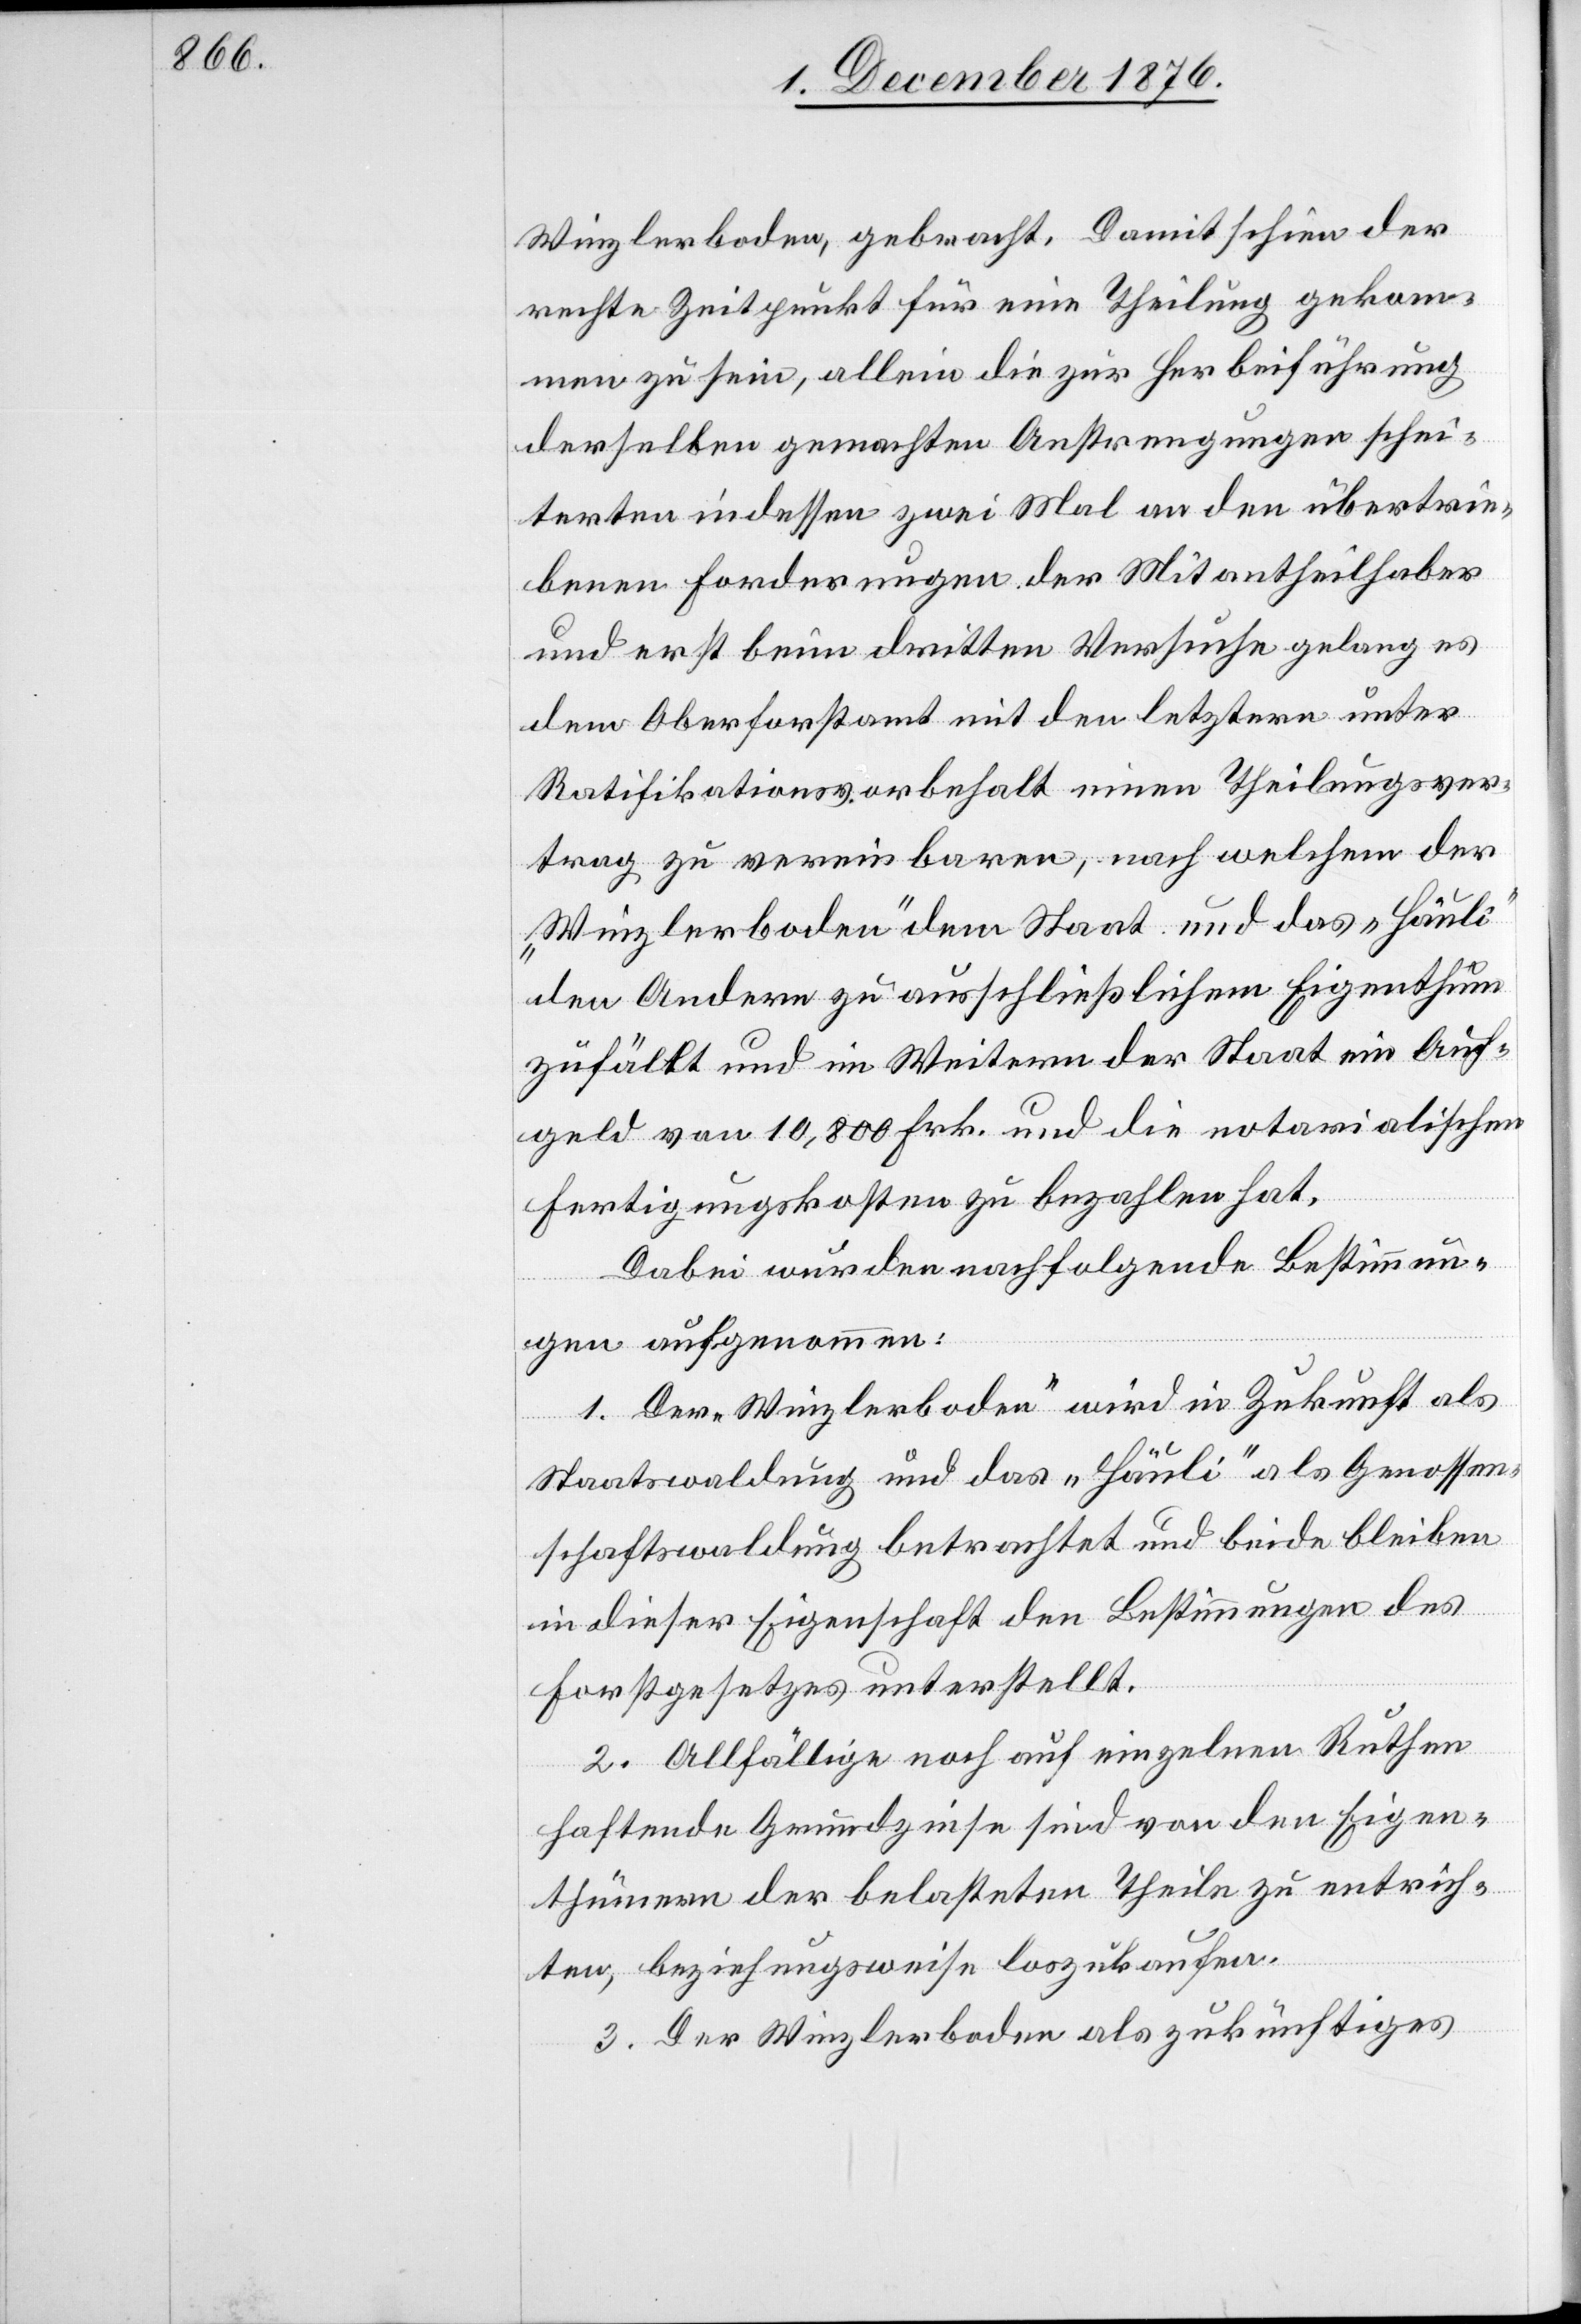
Winzlerboden, gebracht. Damit schien der
rechte Zeitpunkt für eine Theilung gekom¬
men zu sein, allein die zur Herbeiführung
derselben gemachten Anstrengungen schei¬
terten indessen zwei Mal an den übertrie¬
benen Forderungen der Mitantheilhaber
und erst beim dritten Versuche gelang es
dem Oberforstamt mit den letztern unter
Ratifikationsvorbehalt einen Theilungsver¬
trag zu vereinbaren, nach welchem der
„Winzlerboden“ dem Staat und das „Häuli“
den Andern zu ausschließlichem Eigenthum
zufällt und im Weitern der Staat ein Auf¬
geld von 10,800 Frk. und die notarialischen
und
Fertigungskosten zu bezahlen hat.
Dabei wurden nachfolgende Bestimmun¬
gen aufgenommen:
1. Der „Winzlerboden“ wird in Zukunft als
beide
in dieser Eigenschaft den Bestimmungen des
Forstgesetzes unterstellt.
2. Allfällige noch auf einzelnen Ruthen
haftende Grundzinse sind von den Eigen¬
thümern der belasteten Theile zu entrich¬
ten, beziehungsweise loszukaufen.
3. Der Winzlerboden als zukünftiges